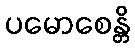
ပမောစေန္တိ